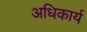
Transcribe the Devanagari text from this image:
अधिकार्य